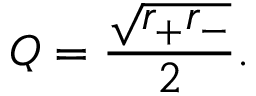
Q = { \frac { \sqrt { r _ { + } r _ { - } } } { 2 } } .